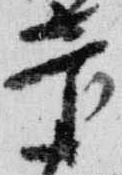
菅